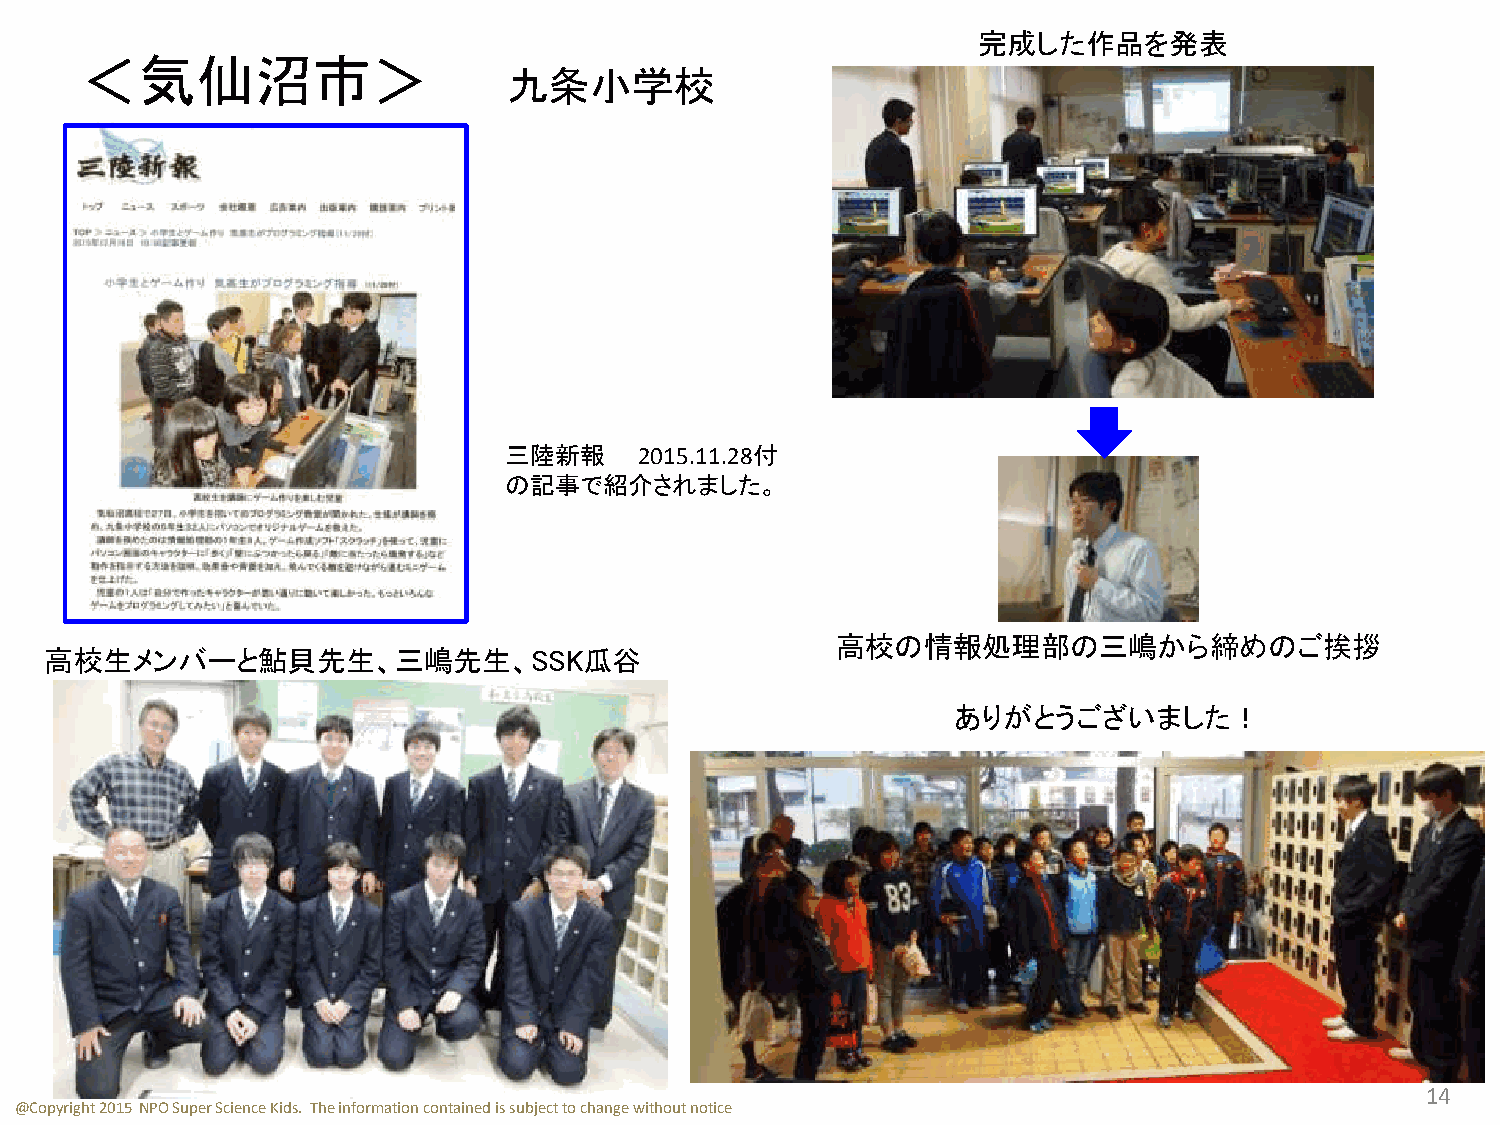
完成した作品を発表
 ＜気仙沼市＞
 九条小学校
 三陸新報     2015.11.28付
 の記事で紹介されました。
 高校の情報処理部の三嶋から締めのご挨拶
 高校生メンバーと鮎貝先生、三嶋先生、SSK瓜谷
 ありがとうございました！
 14
 @Copyright 2015 NPO Super Science Kids. The information contained is subject to change without notice